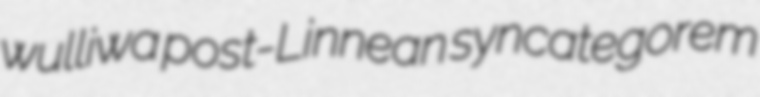
wulliwa post-Linnean syncategorem